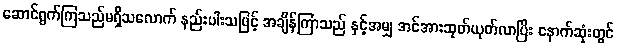
ဆောင်ရွက်ကြသည်မရှိသလောက် နည်းပါးသဖြင့် အချိန်ကြာသည် နှင့်အမျှ အင်အားဆုတ်ယုတ်လာပြီး နောက်ဆုံးတွင်